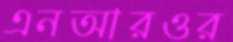
এনআরওর